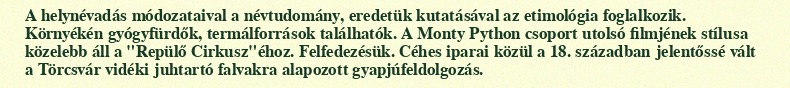
A helynévadás módozataival a névtudomány, eredetük kutatásával az etimológia foglalkozik. Környékén gyógyfürdők, termálforrások találhatók. A Monty Python csoport utolsó filmjének stílusa közelebb áll a "Repülő Cirkusz"éhoz. Felfedezésük. Céhes iparai közül a 18. században jelentőssé vált a Törcsvár vidéki juhtartó falvakra alapozott gyapjúfeldolgozás.